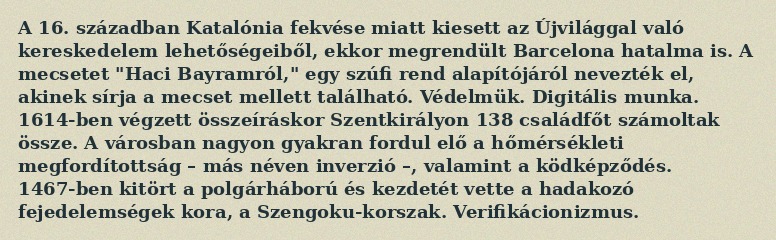
A 16. században Katalónia fekvése miatt kiesett az Újvilággal való kereskedelem lehetőségeiből, ekkor megrendült Barcelona hatalma is. A mecsetet "Haci Bayramról," egy szúfi rend alapítójáról nevezték el, akinek sírja a mecset mellett található. Védelmük. Digitális munka. 1614-ben végzett összeíráskor Szentkirályon 138 családfőt számoltak össze. A városban nagyon gyakran fordul elő a hőmérsékleti megfordítottság – más néven inverzió –, valamint a ködképződés. 1467-ben kitört a polgárháború és kezdetét vette a hadakozó fejedelemségek kora, a Szengoku-korszak. Verifikácionizmus.